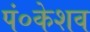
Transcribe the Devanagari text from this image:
पं०केशव